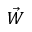
\vec { W }